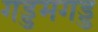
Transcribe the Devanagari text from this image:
गड्डमगड्ड